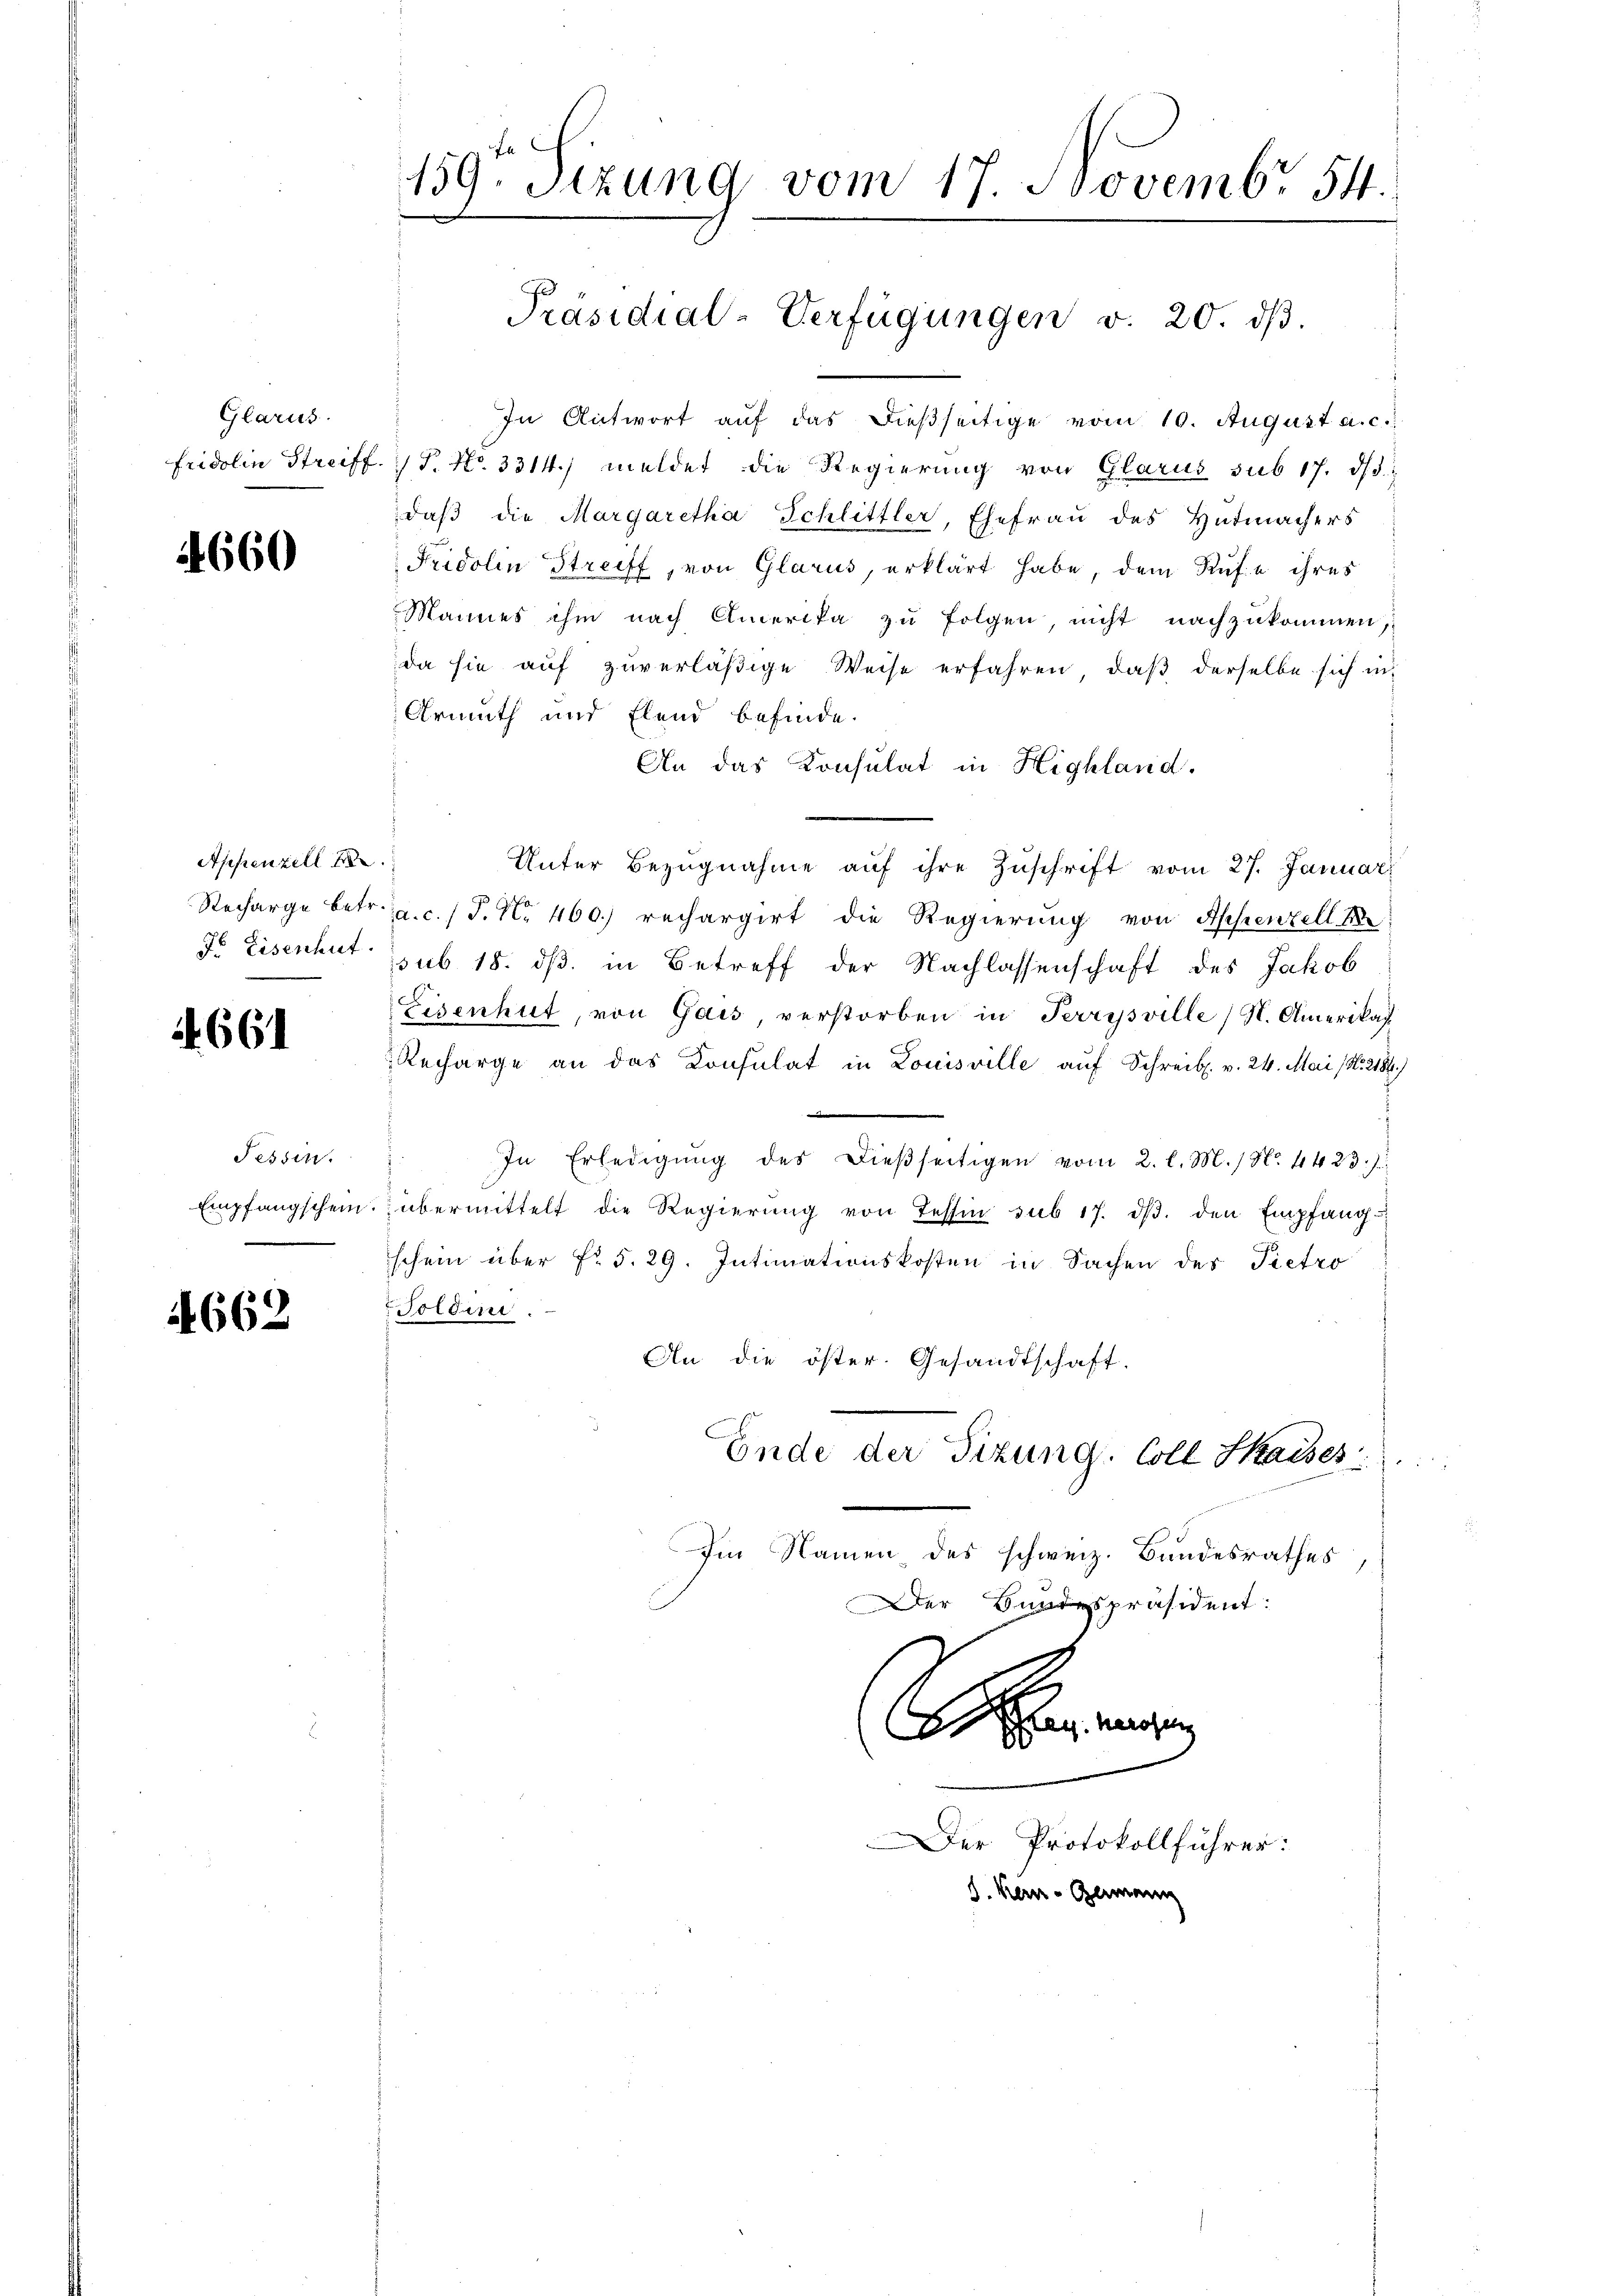
Glarus.

4660

Appenzell I.

4661

Tessin.

4662

159. Sizung vom 17. Novemb. 54.

In Antwort auf das dießseitige vom 10. August a. c.
Fridolin Streiff. P. No. 3314. meldet die Regierŭng von Glarus sub 17. dβ
daβ die Margaretha Schlittler, Ehefrau des Hutmachers
Fridolin Streiff, von Glarus, erklärt habe, dem Rufe ihres
Mannes ihm nach Amerika zu folgen, nicht nachzukommen,
da sie auf zuverläßige Weise erfahren, daß derselbe sich in
Armuth und Elend befinde.
An das Konsulat in Highland.
Unter Bezŭgnahme aŭf ihre Zŭschrift vom 27. Januar
Recharge betr. a.c. (T. N. 460.) rechargirt die Regierung von Appenzell M.
76 Eisenhut sub. 18. ds. in Betreff der Nachlassenschaft des Jakob
Eisenhut, von Gais, verstorben in Terrysville, N. Amerikas¬
Recharge an das Konsulat in Louisville auf Schreib. v. 24. Mai (N. 2184)
In Erledigŭng des Dieβseitigen vom 2. l. M. / N. 4423.)
Empfangschein. übermittelt die Regierŭng von Tessin sub 17. dβ. den Empfang
schein über Fr. 5. 29. Intimationskosten in Sachen des Pietro
Toldini.
An die öster. Gesandtschaft.
Ende der Sizung. Coll Saises
e
Im Namen des schweiz. Bandesrathes,
Der Bundespräsident:
s
Der Protokollführer:
d. Kan-Germann

Präsidial-Verfügungen v. 20. dβ.